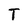
Character: T